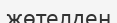
жөтелден